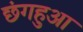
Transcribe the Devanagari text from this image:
छंगहुआ